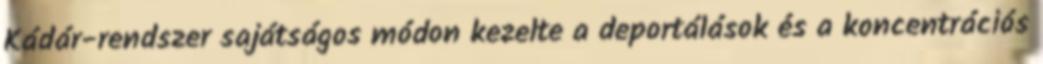
Kádár-rendszer sajátságos módon kezelte a deportálások és a koncentrációs